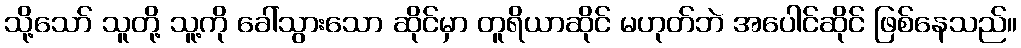
သို့သော် သူတို့ သူ့ကို ခေါ်သွားသော ဆိုင်မှာ တူရိယာဆိုင် မဟုတ်ဘဲ အပေါင်ဆိုင် ဖြစ်နေသည်။